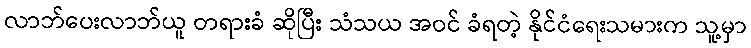
လာဘ်ပေးလာဘ်ယူ တရားခံ ဆိုပြီး သံသယ အဝင် ခံရတဲ့ နိုင်ငံရေးသမားက သူ့မှာ